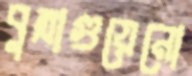
বুত্রাগুয়েনো